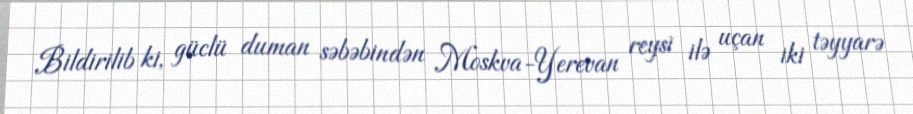
Bildirilib ki, güclü duman səbəbindən Moskva-Yerevan reysi ilə uçan iki təyyarə